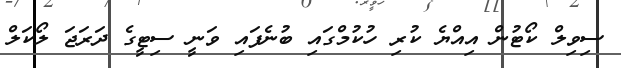
ސިވިލް ކޯޓުން އިއްޔެ ކުރި ހުކުމްގައި ބުނެފައި ވަނީ ސިޓީގެ ދަރަޖަ ލޯކަލް